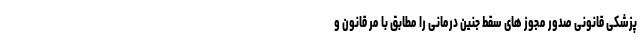
پزشکی قانونی صدور مجوز های سقط جنین درمانی را مطابق با مر قانون و